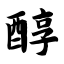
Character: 醇